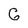
Character: G